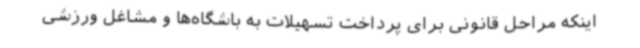
اینکه مراحل قانونی برای پرداخت تسهیلات به باشگاه‌ها و مشاغل ورزشی